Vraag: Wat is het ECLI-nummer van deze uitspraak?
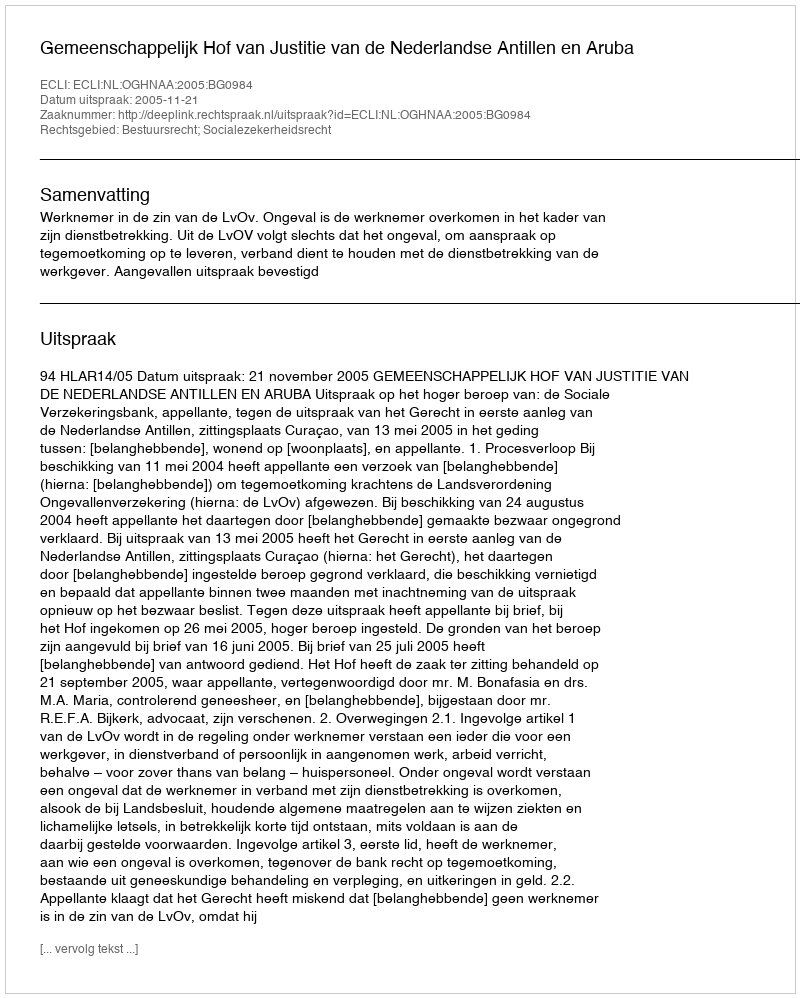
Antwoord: ECLI:NL:OGHNAA:2005:BG0984